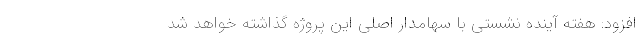
افزود: هفته آینده نشستی با سهامدار اصلی این پروژه گذاشته خواهد شد